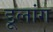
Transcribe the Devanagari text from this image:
डूलांग